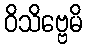
ဝိသိဗ္ဗေမိ